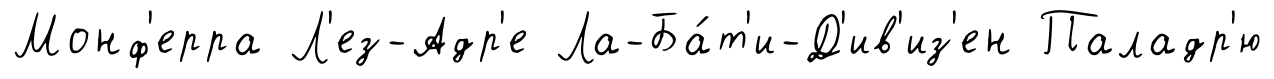
Монф'ерра Л'ез-Адр'е Ла-Ба́т'и-Д'ив'из'ен Паладр'ю